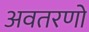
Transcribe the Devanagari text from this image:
अवतरणो